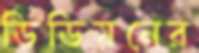
ডিডিয়নের